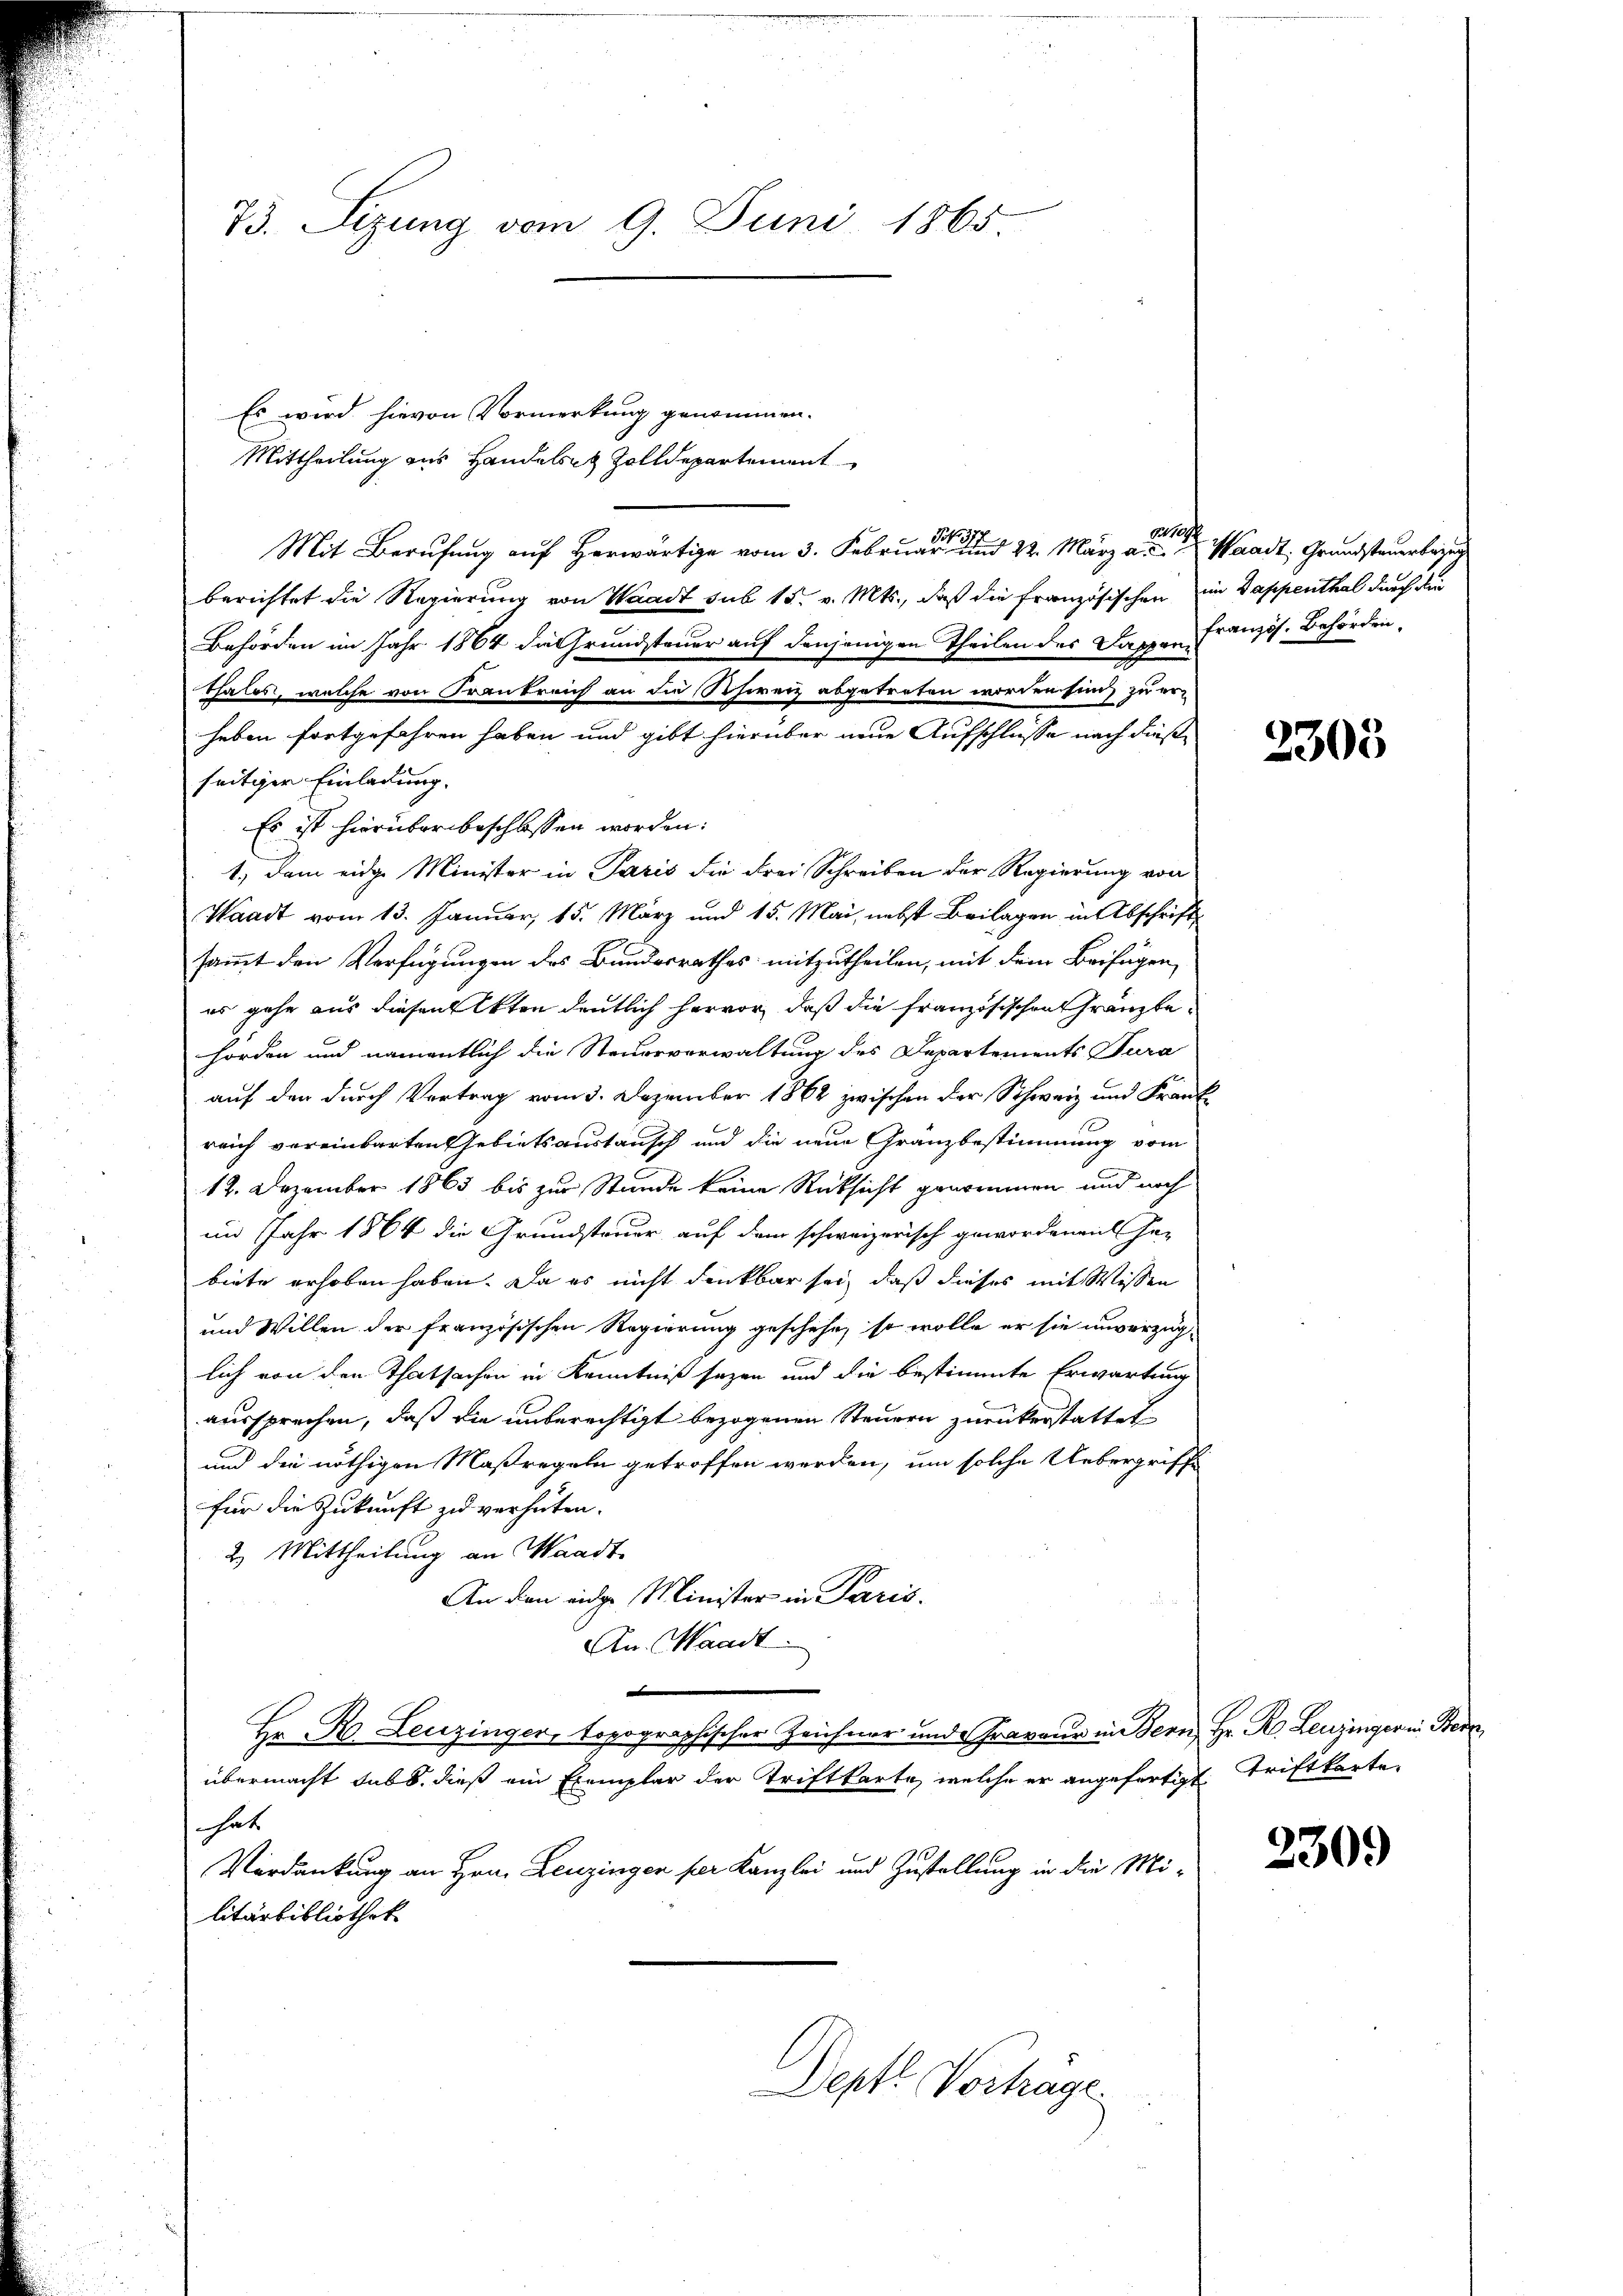
73. Sizung vom 9. Juni 1865

Es wird hievon Vormerkung genommen.
Mittheilung aus Handelst Zolldepartement
Mit Berufung auf Herwärtig vom 3. Februar 22. März a. Waadt, Grundsteuerbezug
berichtet die Regierung von Waadt sub 15. v. Mts., daß die französischen im Sappenthal durch den
Behörden im Jahr 1864 die Grundsteuer auf denjenigen Theilen des Dappen Französ. Behörden,
thales, welche von Frankreich an die Schweiz abgetreten worden sind, zu er-
heben fortgefahren haben und gibt hierüber neue Aufschlusse nach dießseitiger Einladung.
Es ist hierüber beschlossen worden:
1., dem eidge Minister in Paris die drei Schreiben der Regierung von
Waadt vom 13. Januar, 15. März und 15. Mai, nebst Beilagen in Abschrift
sammt den Verfügungen des Bundesrathes mitzutheilen, mit dem Beifügen
es gehe aus diesen Akten deutlich hervor, daß die französischen Gränztehörden und namentlich die Steuerverwaltung des Departements Tura
auf der durch Vortrag vom 3. Dezember 1862 zwischen der Schweiz und Frank
reich vereinbarten Gebietsaustausch und die neue Gränzbestimmung vom
12. Dezember 1865 bis zur Stunde keine Rücksicht genommen und noch
im Jahr 1864 die Grundsteuer auf dem schweizerisch geworden vil ha-
biete erhoben haben. Da es nicht denkbar sei, daß dieses mit Wissen
und Willen der französischen Regierung geschehe, so wolle er sie unverzüglich von den Thatsachen in Kenntniß sagen und die bestimmte Erwartung
aussprechen, daß die unberechtigt bezogenen Steuern zurückerstattet
und die nöthigen Maßregeln getroffen werden, um solche Uebergriffe
für die Zukunft zu verhüten.
2. Mittheilung an Waadt
An den eidge Minister in Paris.
An Waadt

Hr. R. Leuzinger, topographischer Zeichner und Graveur in Bern, Hr. R. Leuzinger in Bern
übermacht habt, dieß ein Exemplar der Triftkarte, welche er angefertigt. Triftkarte,
hat
Verdankung an Hrn. Leuzingen per Kanzlei und Zustellung in die Militärbibliothek
Deptl Vorträge

1

2303

2309